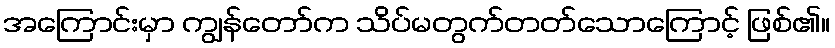
အကြောင်းမှာ ကျွန်တော်က သိပ်မတွက်တတ်သောကြောင့် ဖြစ်၏။